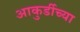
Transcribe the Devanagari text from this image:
आकुर्डीच्या